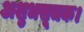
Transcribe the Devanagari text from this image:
अशुभसूचक।